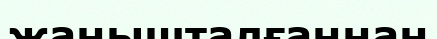
жанышталғаннан